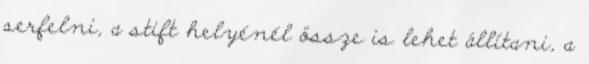
serfelni, a stift helyénél össze is lehet állítani, a